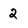
Character: 2